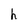
Character: h